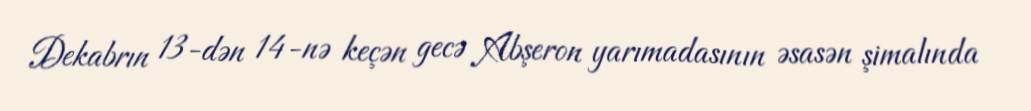
Dekabrın 13-dən 14-nə keçən gecə Abşeron yarımadasının əsasən şimalında